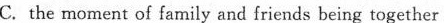
C. the moment of family and friends being together